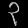
Digit: ၃